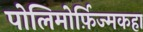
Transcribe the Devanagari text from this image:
पोलिमोर्फ़िज्मकहा